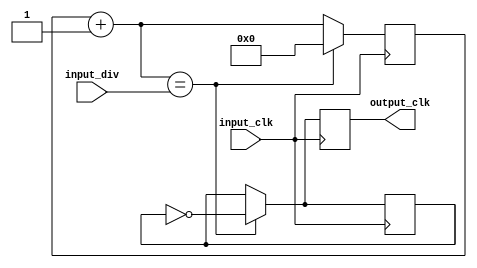
module Clock_divider(
	input_clk,
	input_div,
	output_clk
);
	input input_clk;
	input[29:0] input_div;
	output reg output_clk;
	reg signal;
	reg[29:0] counter;
	
	initial
	begin
		signal = 1'b0;
		counter = 30'b0;
	end

	always@(posedge input_clk)
	begin
		counter = counter + 1'b1;
		if(counter == input_div)
		begin
			signal = ~signal;
			counter = 30'b0;
		end
			output_clk = signal;
	end

endmodule